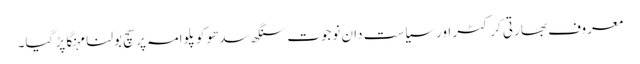
معروف بھارتی کرکٹر اورسیاست دان نوجوت سنگھ سدھو کو پلوامہ پر سچ بولنا مہنگا پڑ گیا۔